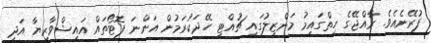
ފުރޭނެއެވެ. ރާއްޖޭގެ ހިތްގައިމު މަންޒިލުގައި ޗުއްޓީ ހޭދަކުރަމުން އަންނަ ފޮޓޯތައް އައިޝްވާރިޔާ އަދި